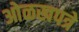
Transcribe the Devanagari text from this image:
ओळखपत्रे